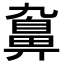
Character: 𪖒